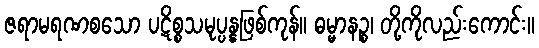
ဇရာမရဏစသော ပဋိစ္စသမုပ္ပန္နဖြစ်ကုန်။ ဓမ္မာနဉ္စ၊ တို့ကိုလည်းကောင်း။